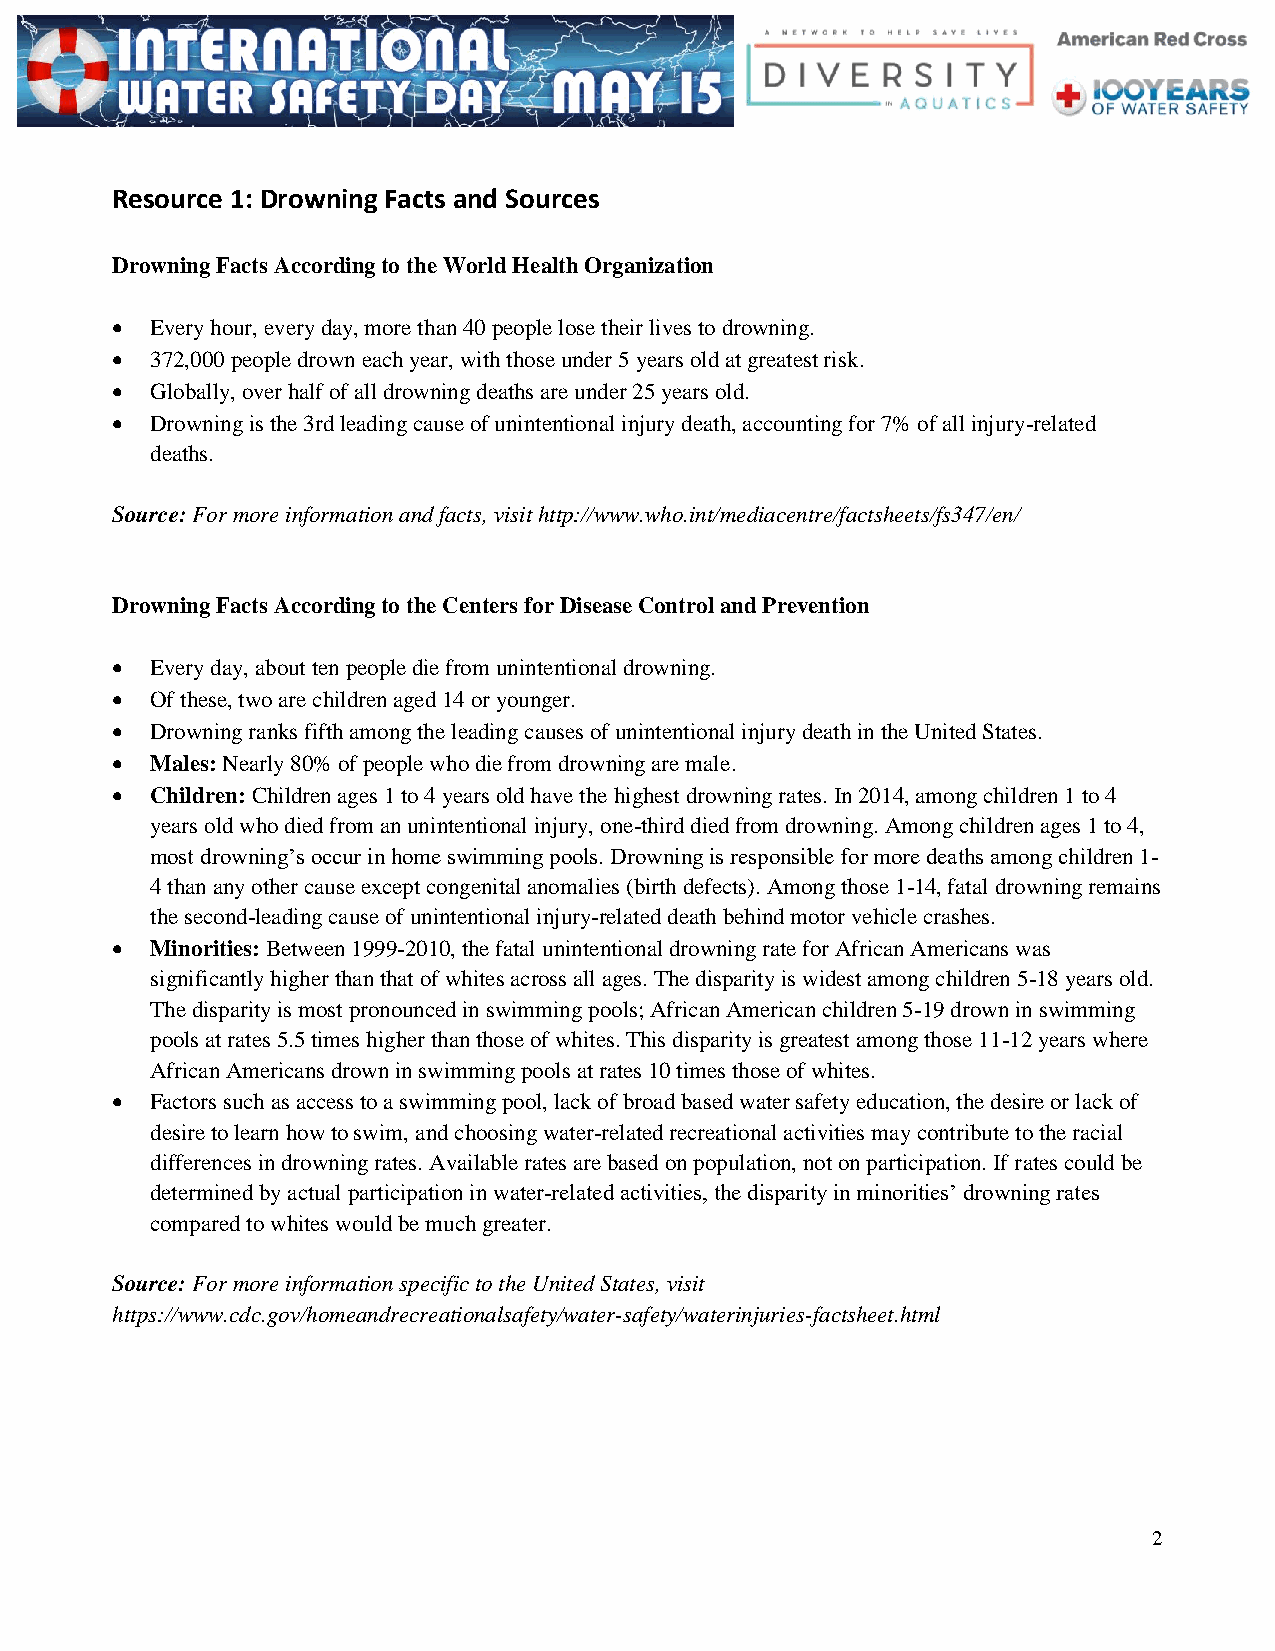
Resource 1: Drowning Facts and Sources
 Drowning Facts According to the World Health Organization
   Every hour, every day, more than 40 people lose their lives to drowning.
   372,000 people drown each year, with those under 5 years old at greatest risk.
   Globally, over half of all drowning deaths are under 25 years old.
   Drowning is the 3rd leading cause of unintentional injury death, accounting for 7% of all injury-related
 deaths.
 Source: For more information and facts, visit http://www.who.int/mediacentre/factsheets/fs347/en/
 Drowning Facts According to the Centers for Disease Control and Prevention
   Every day, about ten people die from unintentional drowning.
   Of these, two are children aged 14 or younger.
   Drowning ranks fifth among the leading causes of unintentional injury death in the United States.
   Males: Nearly 80% of people who die from drowning are male.
   Children: Children ages 1 to 4 years old have the highest drowning rates. In 2014, among children 1 to 4
 years old who died from an unintentional injury, one-third died from drowning. Among children ages 1 to 4,
 most drowning’s occur in home swimming pools. Drowning is responsible for more deaths among children 1-
 4 than any other cause except congenital anomalies (birth defects). Among those 1-14, fatal drowning remains
 the second-leading cause of unintentional injury-related death behind motor vehicle crashes.
   Minorities: Between 1999-2010, the fatal unintentional drowning rate for African Americans was
 significantly higher than that of whites across all ages. The disparity is widest among children 5-18 years old.
 The disparity is most pronounced in swimming pools; African American children 5-19 drown in swimming
 pools at rates 5.5 times higher than those of whites. This disparity is greatest among those 11-12 years where
 African Americans drown in swimming pools at rates 10 times those of whites.
   Factors such as access to a swimming pool, lack of broad based water safety education, the desire or lack of
 desire to learn how to swim, and choosing water-related recreational activities may contribute to the racial
 differences in drowning rates. Available rates are based on population, not on participation. If rates could be
 determined by actual participation in water-related activities, the disparity in minorities’ drowning rates
 compared to whites would be much greater.
 Source: For more information specific to the United States, visit
 https://www.cdc.gov/homeandrecreationalsafety/water-safety/waterinjuries-factsheet.html
 2